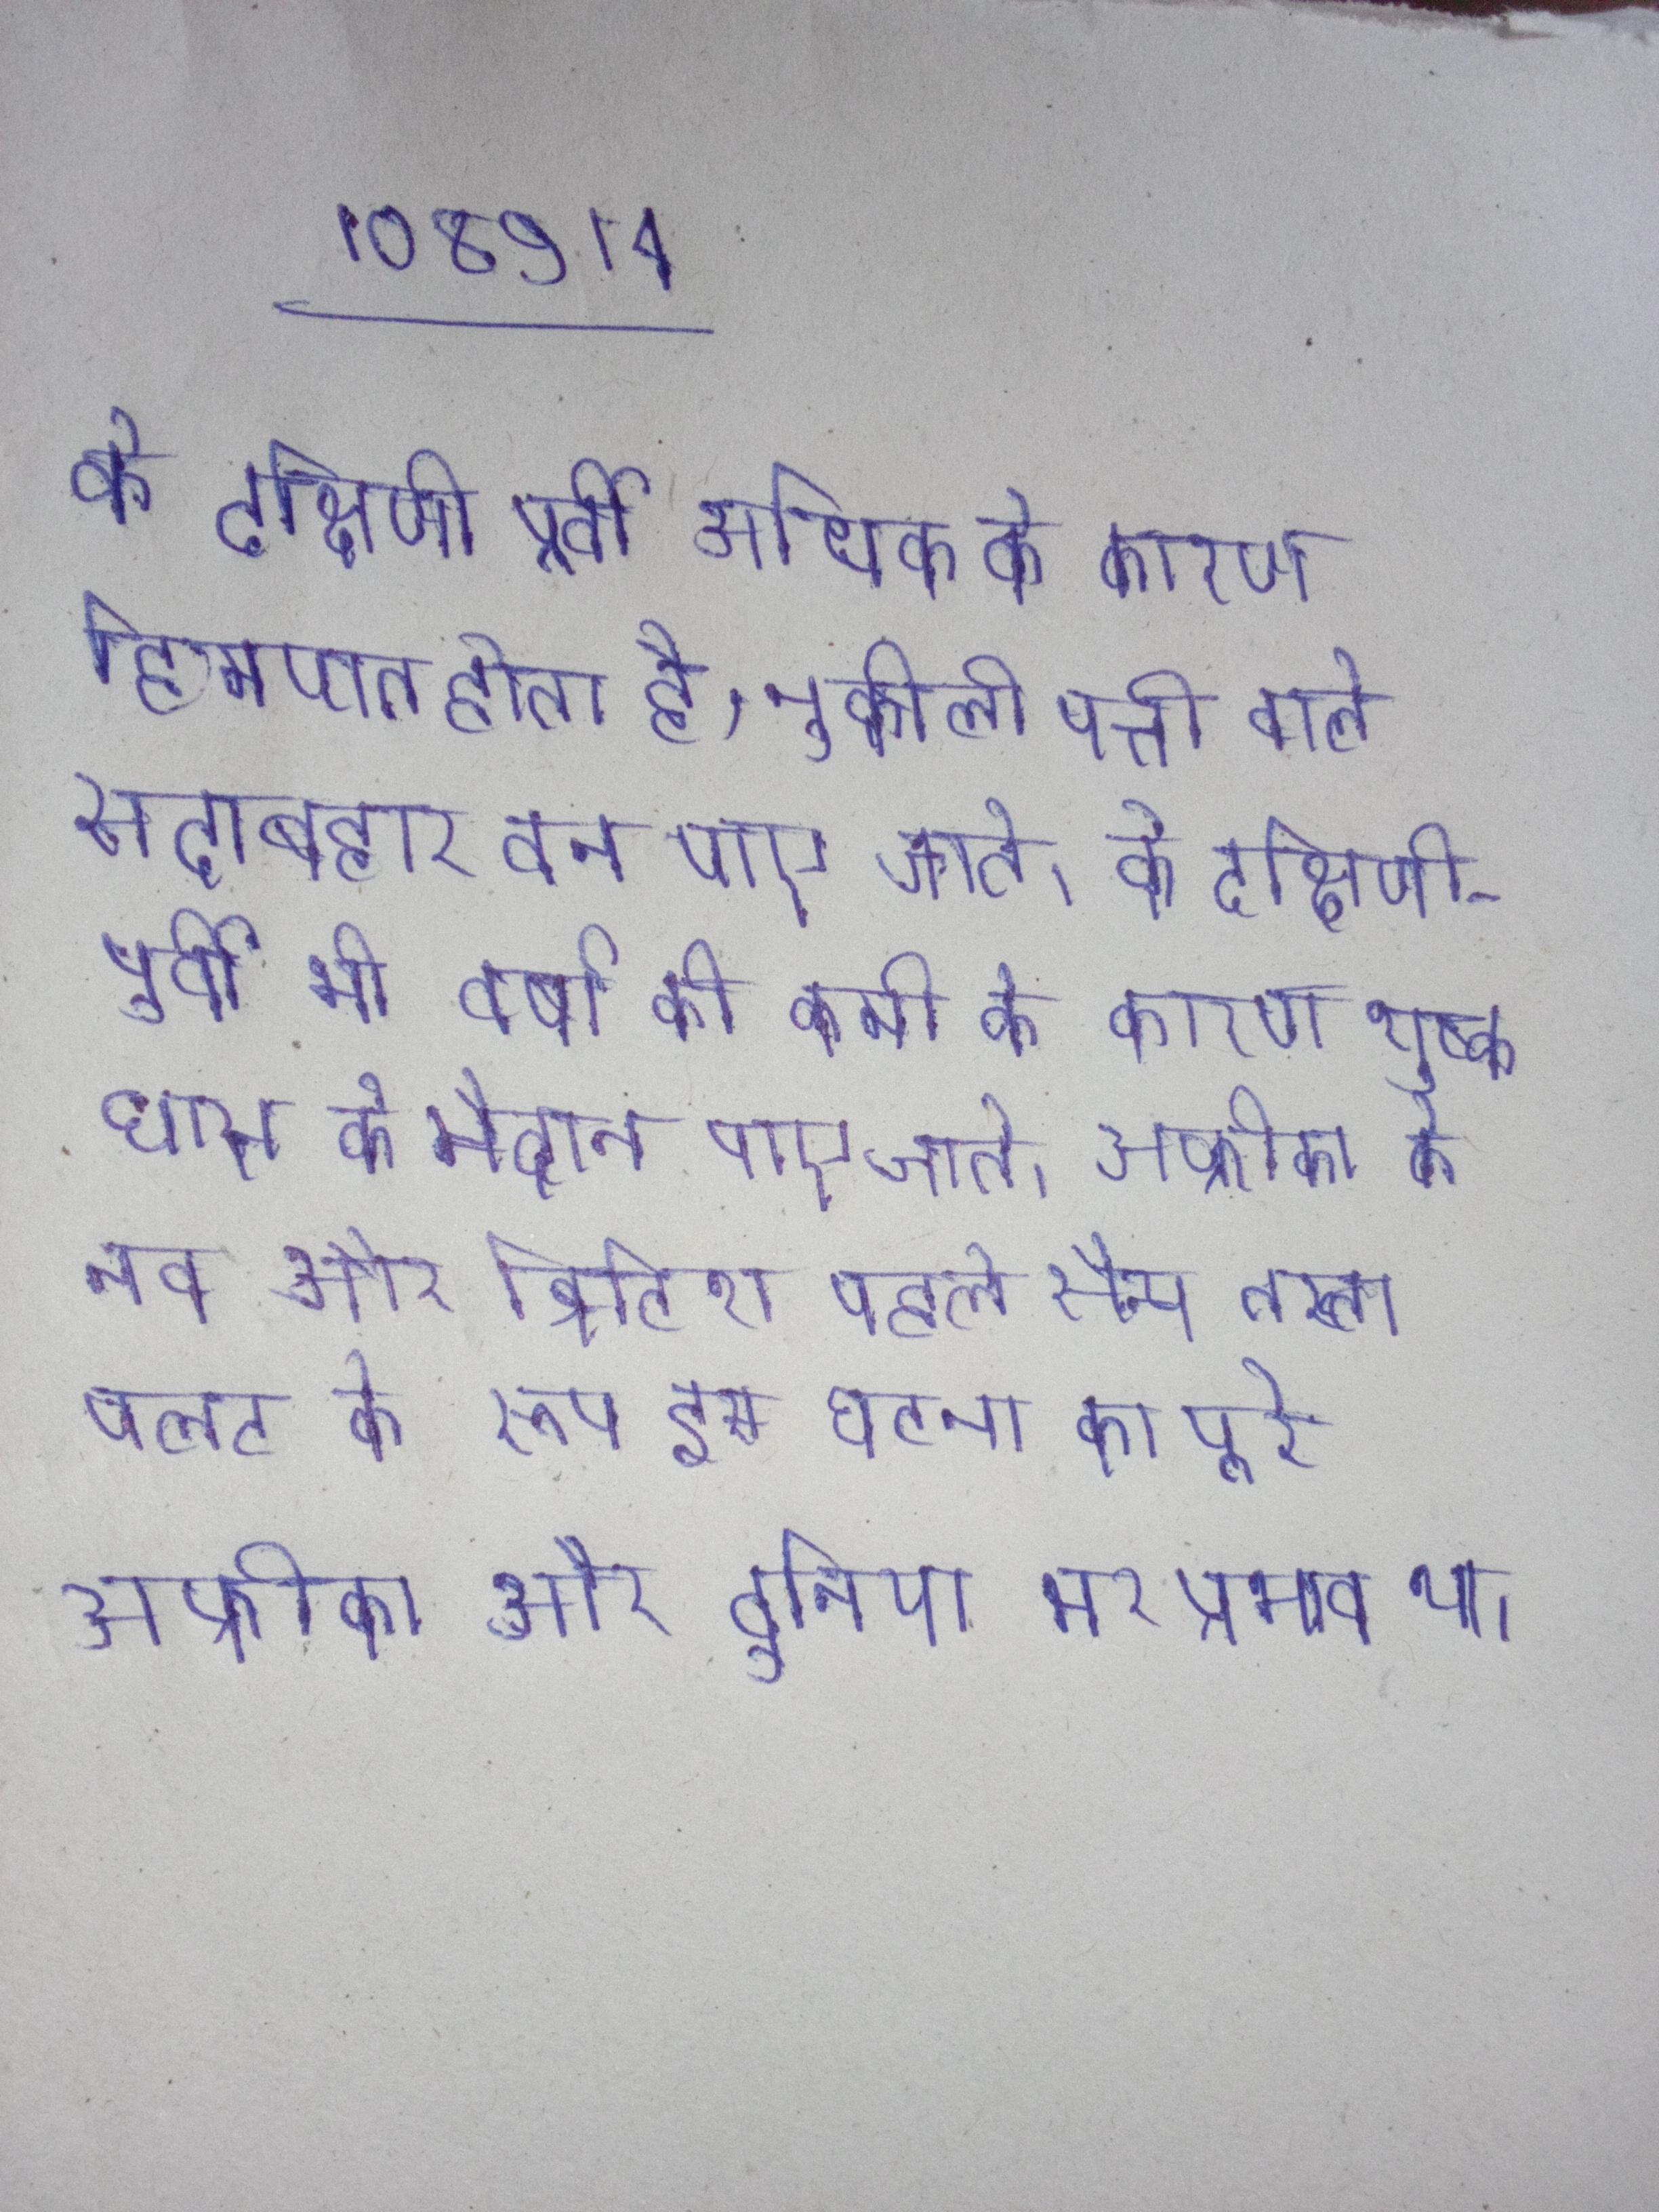
के दक्षिणी पूर्वी अधिक के कारण हिमपात होता है, नुकीली पत्ती वाले सदाबहार वन पाए जाते । के दक्षिणी-पूर्वी भी वर्षा की कमी के कारण शुष्क घास के मैदान पाए जाते । अफ्रीका के नव और ब्रिटिश पहले सैन्य तख्तापलट के रूप इस घटना का पूरे अफ्रीका और दुनिया भर प्रभाव था ।